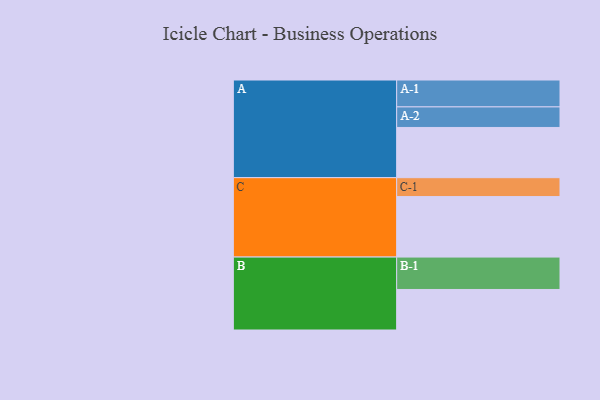
{"axis": {"x": "Segment", "y": "Value"}, "legend": ["", "A", "B", "C"], "data": [{"x": "A", "y": 420, "type": ""}, {"x": "B", "y": 339, "type": ""}, {"x": "C", "y": 506, "type": ""}, {"x": "A-1", "y": 225, "type": "A"}, {"x": "A-2", "y": 172, "type": "A"}, {"x": "B-1", "y": 271, "type": "B"}, {"x": "C-1", "y": 158, "type": "C"}]}